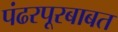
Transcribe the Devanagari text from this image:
पंढरपूरबाबत